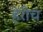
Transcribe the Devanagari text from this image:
हेंरीच